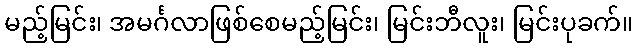
မည့်မြင်း၊ အမင်္ဂလာဖြစ်စေမည့်မြင်း၊ မြင်းဘီလူး၊ မြင်းပုခက်။